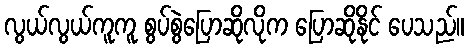
လွယ်လွယ်ကူကူ စွပ်စွဲပြောဆိုလိုက ပြောဆိုနိုင် ပေသည်။